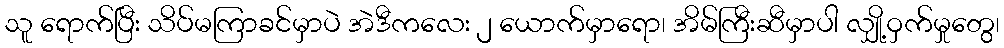
သူ ရောက်ပြီး သိပ်မကြာခင်မှာပဲ အဲဒီကလေး ၂ ယောက်မှာရော၊ အိမ်ကြီးဆီမှာပါ လျှို့ဝှက်မှုတွေ၊